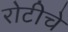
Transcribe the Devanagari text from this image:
रोटीचे